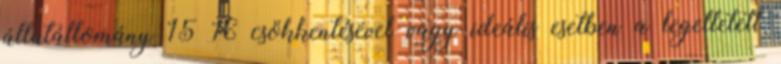
állatállomány 15 16 csökkentésével vagy ideális esetben a legeltetett